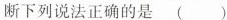
断下列说法正确的是 ( )